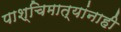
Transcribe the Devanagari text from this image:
पाश्चिमात्यांनाही